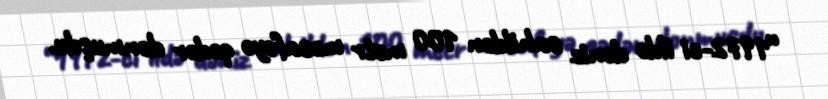
“1972-ci ildə dəniz sahildən 100 metr məsafəyə qədər donmuşdu.